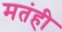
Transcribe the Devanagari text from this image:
मतंही